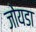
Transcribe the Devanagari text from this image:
जोयडा